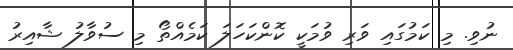
ނުވި. މި ކަމުގައި ވަރި ވުމަކީ ކޮންކަހަލަ ކަމެއްތޯ މި ސުވާލު ޝާއިރު